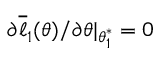
\partial \overline { { \ell } } _ { 1 } ( \theta ) / \partial \theta | _ { \theta _ { 1 } ^ { * } } = 0